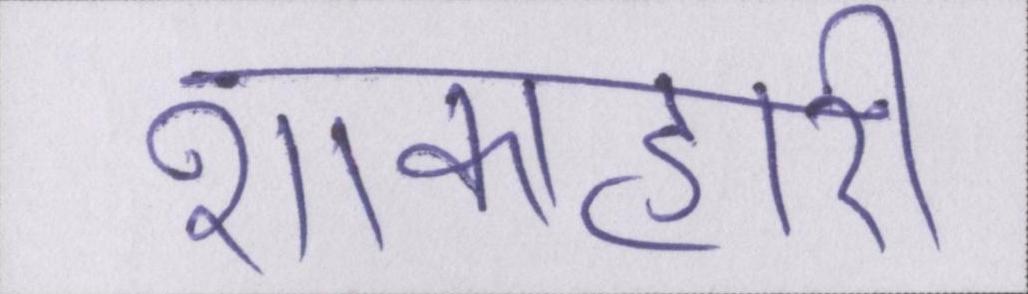
शाकाहारी